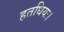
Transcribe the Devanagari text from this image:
हतधियः।